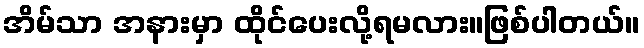
အိမ်သာ အနားမှာ ထိုင်ပေးလို့ရမလား။ဖြစ်ပါတယ်။